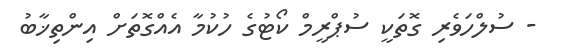
- ސުލްހަވެރި ގޮތަކީ ސުޕްރީމް ކޯޓުގެ ހުކުމާ އެއްގޮތަށް އިންތިޚާބު